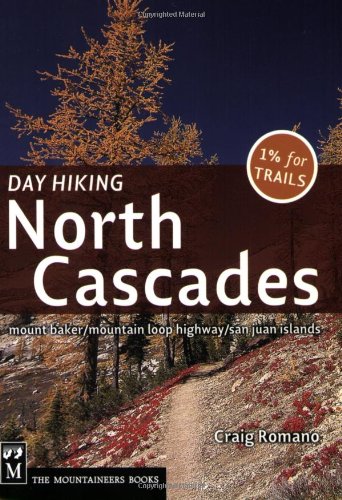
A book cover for Day Hiking North Cascades: Mount Baker, Mountain Loop Highway, San Juan Islands; Craig Romano; Sports & Outdoors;